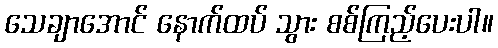
သေချာအောင် နောက်ထပ် သွား စစ်ကြည့်ပေးပါ။